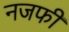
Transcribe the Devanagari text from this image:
नजफी